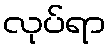
လုပ်ရာ